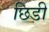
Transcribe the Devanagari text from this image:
छिडी